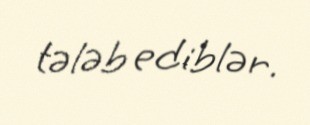
tələb ediblər.